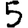
Digit: 5